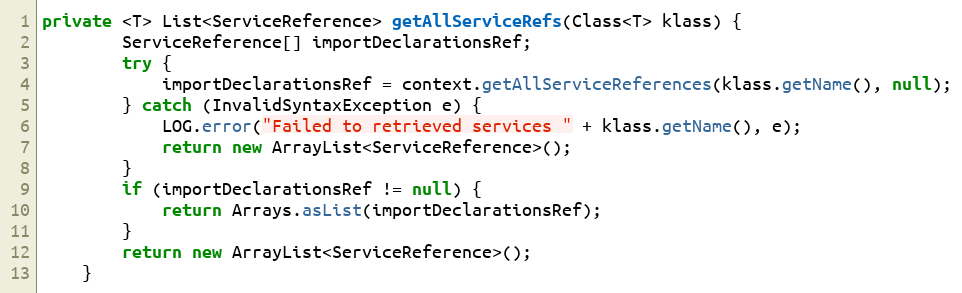
Language: Java
private <T> List<ServiceReference> getAllServiceRefs(Class<T> klass) {
        ServiceReference[] importDeclarationsRef;
        try {
            importDeclarationsRef = context.getAllServiceReferences(klass.getName(), null);
        } catch (InvalidSyntaxException e) {
            LOG.error("Failed to retrieved services " + klass.getName(), e);
            return new ArrayList<ServiceReference>();
        }
        if (importDeclarationsRef != null) {
            return Arrays.asList(importDeclarationsRef);
        }
        return new ArrayList<ServiceReference>();
    }